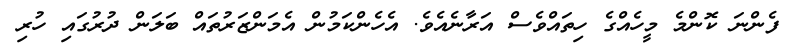
ފެންނަ ކޮންމެ މީހެއްގެ ހިތައްވެސް އަރާނެއެވެ. އެހެންކަމުން އެމަންޒަރުތައް ބަލަން ދުރުގައި ހުރި